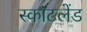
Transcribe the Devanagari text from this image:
स्का॓टलेंड